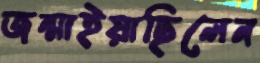
জন্মাইয়াছিলেন